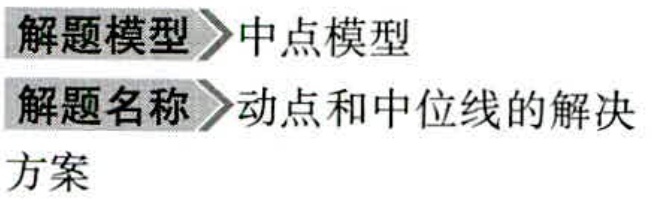
\begin{document}

解题模型 \textgreater 中点模型\\

解题名称 \textgreater 动点和中位线的解决方案

\end{document}